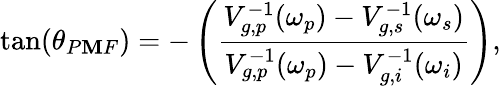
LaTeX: \tan(\theta_{P\mathbf{M}F})=-\left(\frac{{V_{g,p}^{-1}(\omega_{p})-V_{g,s}^{-1}(\omega_{s})}}{{V_{g,p}^{-1}(\omega_{p})-V_{g,i}^{-1}(\omega_{i})}}\right),